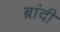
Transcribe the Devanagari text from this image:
ब्रांदी